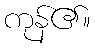
ကုန်၏။